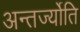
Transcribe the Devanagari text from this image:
अन्तर्ज्योति